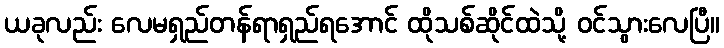
ယခုလည်း လေမရှည်တန်ရာရှည်ရအောင် ထိုသစ်ဆိုင်ထဲသို့ ဝင်သွားလေပြီ။